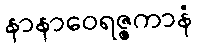
နာနာဝေရဇ္ဇကာနံ